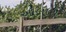
આલારા